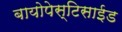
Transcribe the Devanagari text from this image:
बायोपेस्टिसाईड